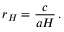
r _ { H } = \frac { c } { a H } \, .